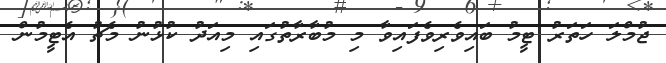
ޖުމްލަ ހަތަރު ޓީމު ބައިވެރިވެފައިވާ މި މުބާރާތުގައި މިއަދު ކުޅުނު މެޗު އެޓީމުން